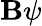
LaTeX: \mathbf{B}\psi